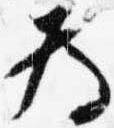
為